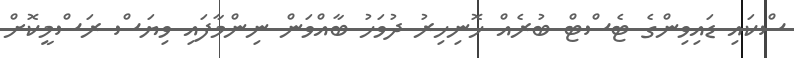
ސްކައި ޑައިވިންގެ ޓެސްޓް ބުރެއް ހޮނިހިރު ދުވަހު ބާއްވަން ނިންމާފައި ވިޔަސް ރަސްމީކޮށް